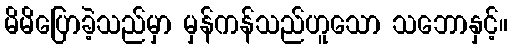
မိမိပြောခဲ့သည်မှာ မှန်ကန်သည်ဟူသော သဘောနှင့်။